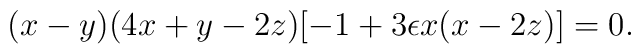
( x - y) ( 4 x + y - 2 z) [ -1 + 3 \epsilon x ( x - 2 z)] =0.